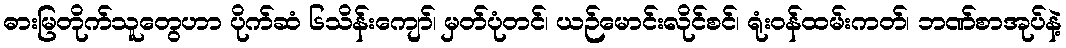
ဓားမြတိုက်သူတွေဟာ ပိုက်ဆံ ၆သိန်းကျော်၊ မှတ်ပုံတင်၊ ယဉ်မောင်းလိုင်စင်၊ ရုံးဝန်ထမ်းကတ်၊ ဘဏ်စာအုပ်နဲ့